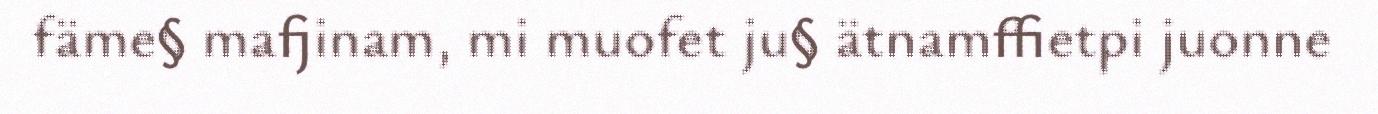
fäme§ mafjinam, mi muofet ju§ ätnamffietpi juonne